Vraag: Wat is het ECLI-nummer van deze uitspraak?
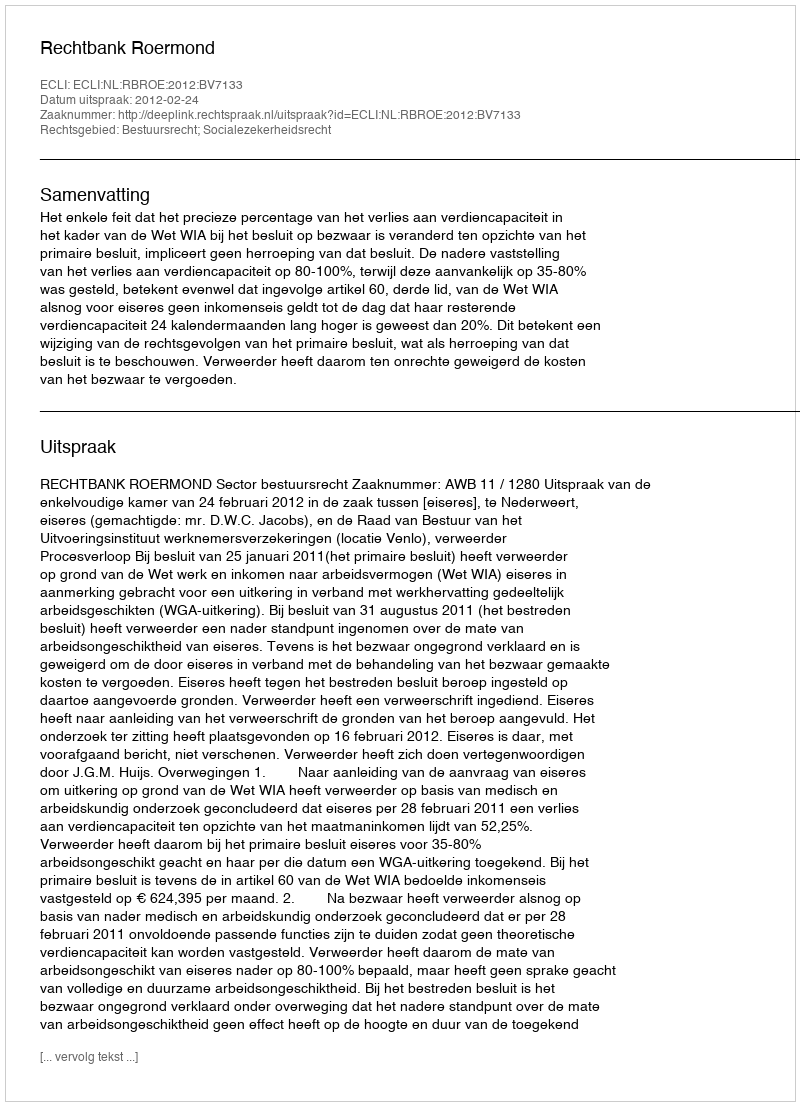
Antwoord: ECLI:NL:RBROE:2012:BV7133